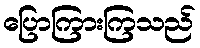
ပြောကြားကြသည်